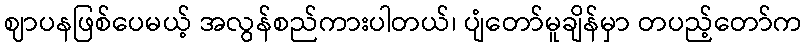
ဈာပနဖြစ်ပေမယ့် အလွန်စည်ကားပါတယ်၊ ပျံတော်မူချိန်မှာ တပည့်တော်က